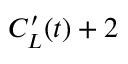
C _ { L } ^ { \prime } ( t ) + 2